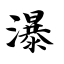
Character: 瀑